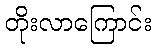
တိုးလာကြောင်း